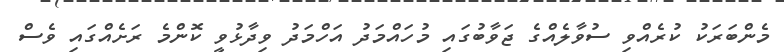
މެންބަރަކު ކުރެއްވި ސުވާލެއްގެ ޖަވާބުގައި މުހައްމަދު އަހްމަދު ވިދާޅުވީ ކޮންމެ ރަށެއްގައި ވެސް